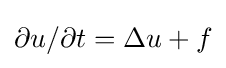
\partial u/\partial t=\Delta u+f